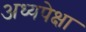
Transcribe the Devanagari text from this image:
अध्यपेक्षा